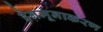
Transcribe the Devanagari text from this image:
हैनमूनाकरण